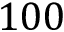
1 0 0